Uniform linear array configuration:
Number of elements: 24
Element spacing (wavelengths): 0.75
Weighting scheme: binomial
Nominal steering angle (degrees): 30
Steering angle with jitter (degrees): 29.475
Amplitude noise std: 0.05
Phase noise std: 0.05

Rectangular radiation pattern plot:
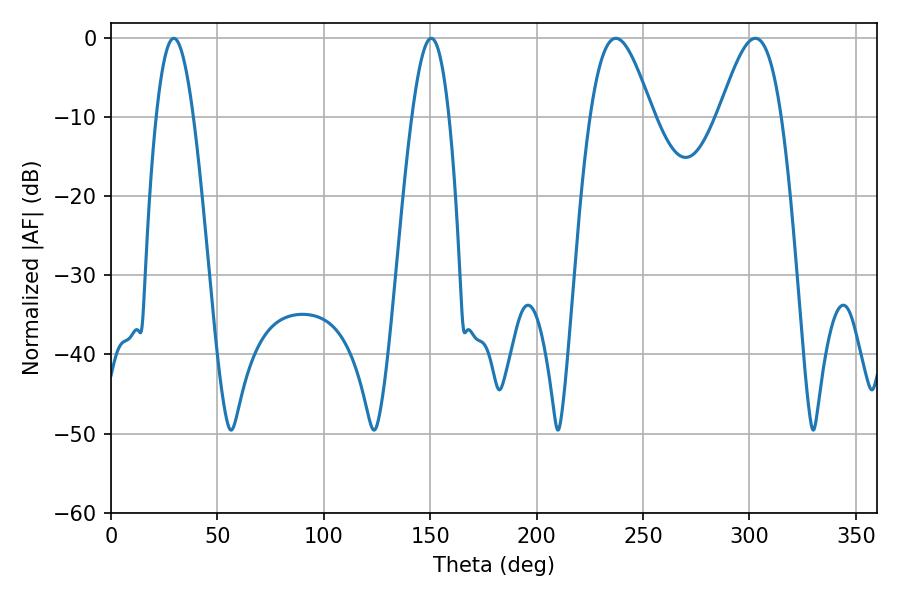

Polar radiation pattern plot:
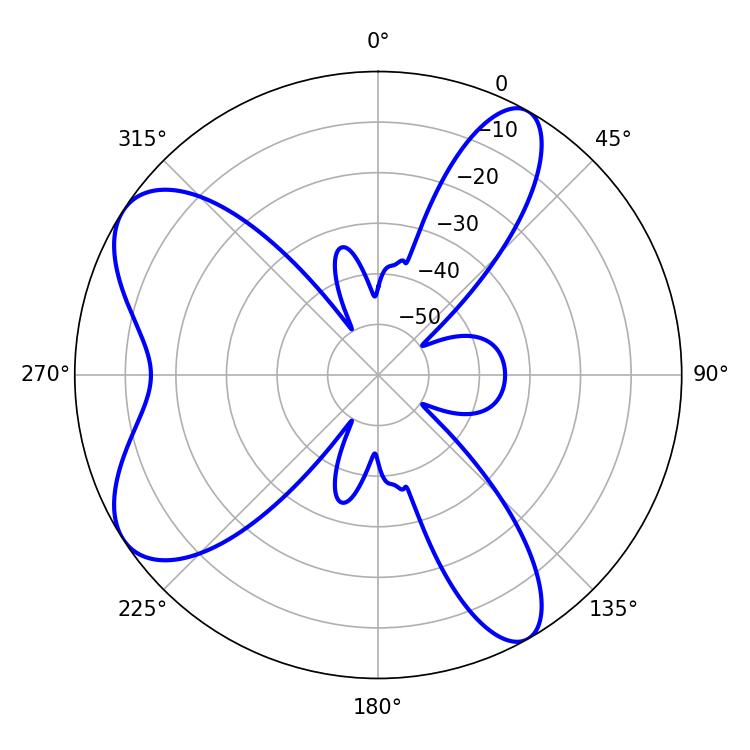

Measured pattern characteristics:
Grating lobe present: TRUE
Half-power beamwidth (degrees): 9.54
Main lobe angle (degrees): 29.52